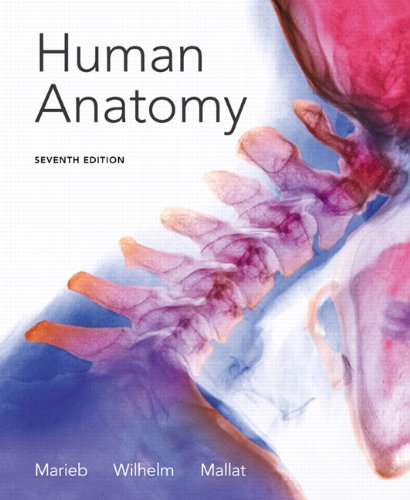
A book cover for Human Anatomy (7th Edition); Elaine N. Marieb; Medical Books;